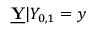
\underline { { \mathbf { Y } } } | Y _ { 0 , 1 } = y